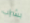
بشراب